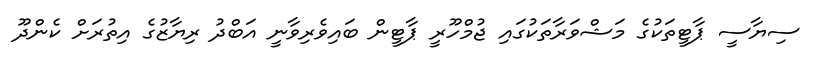
ސިޔާސީ ޕާޓީތަކުގެ މަޝްވަރާތަކުގައި ޖުމްހޫރީ ޕާޓީން ބައިވެރިވާނީ އަބްދު ރިޔާޒުގެ އިތުރަށް ކެންދޫ